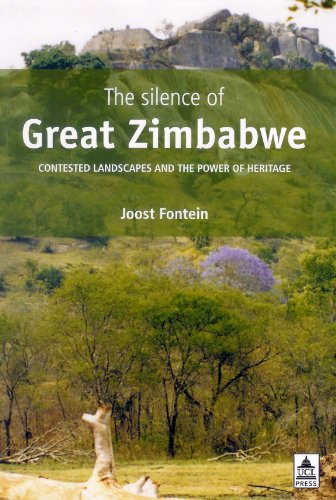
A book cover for The Silence of Great Zimbabwe: CONTESTED LANDSCAPES AND THE POWER OF HERITAGE (UNIV COL LONDON INST ARCH PUB); Joost Fontein; History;